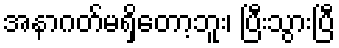
အနာဂတ်မရှိတော့ဘူး၊ ပြီးသွားပြီ